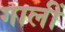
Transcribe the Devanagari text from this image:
गालीं